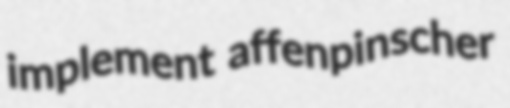
implement affenpinscher